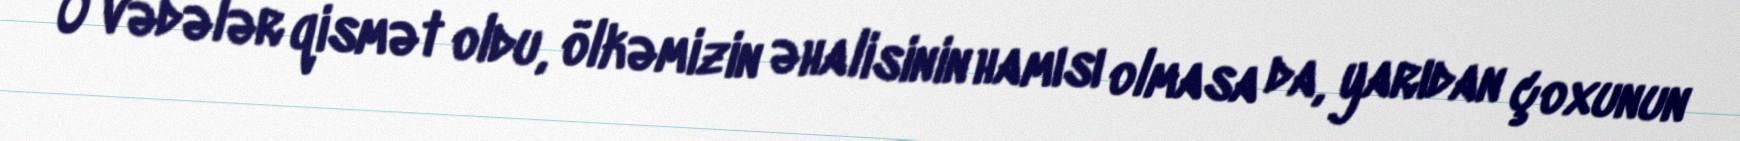
O vədələr qismət oldu, ölkəmizin əhalisinin hamısı olmasa da, yarıdan çoxunun